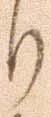
り